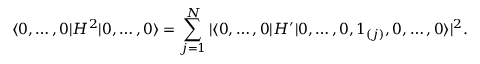
\langle 0 , \ldots , 0 \vert H ^ { 2 } \vert 0 , \ldots , 0 \rangle = \sum _ { j = 1 } ^ { N } \vert \langle 0 , \ldots , 0 \vert H ^ { \prime } \vert 0 , \ldots , 0 , 1 _ { ( j ) } , 0 , \ldots , 0 \rangle \vert ^ { 2 } .